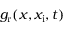
g _ { \mathrm { r } } ( x , x _ { \mathrm { i } } , t )